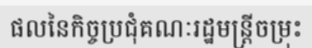
ផលនៃកិច្ចប្រជុំគណៈរដ្ឋមន្ត្រីចម្រុះ